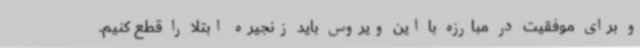
و برای موفقیت در مبارزه با این ویروس باید زنجیره ابتلا را قطع کنیم.